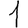
Digit: 1